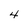
Character: 4